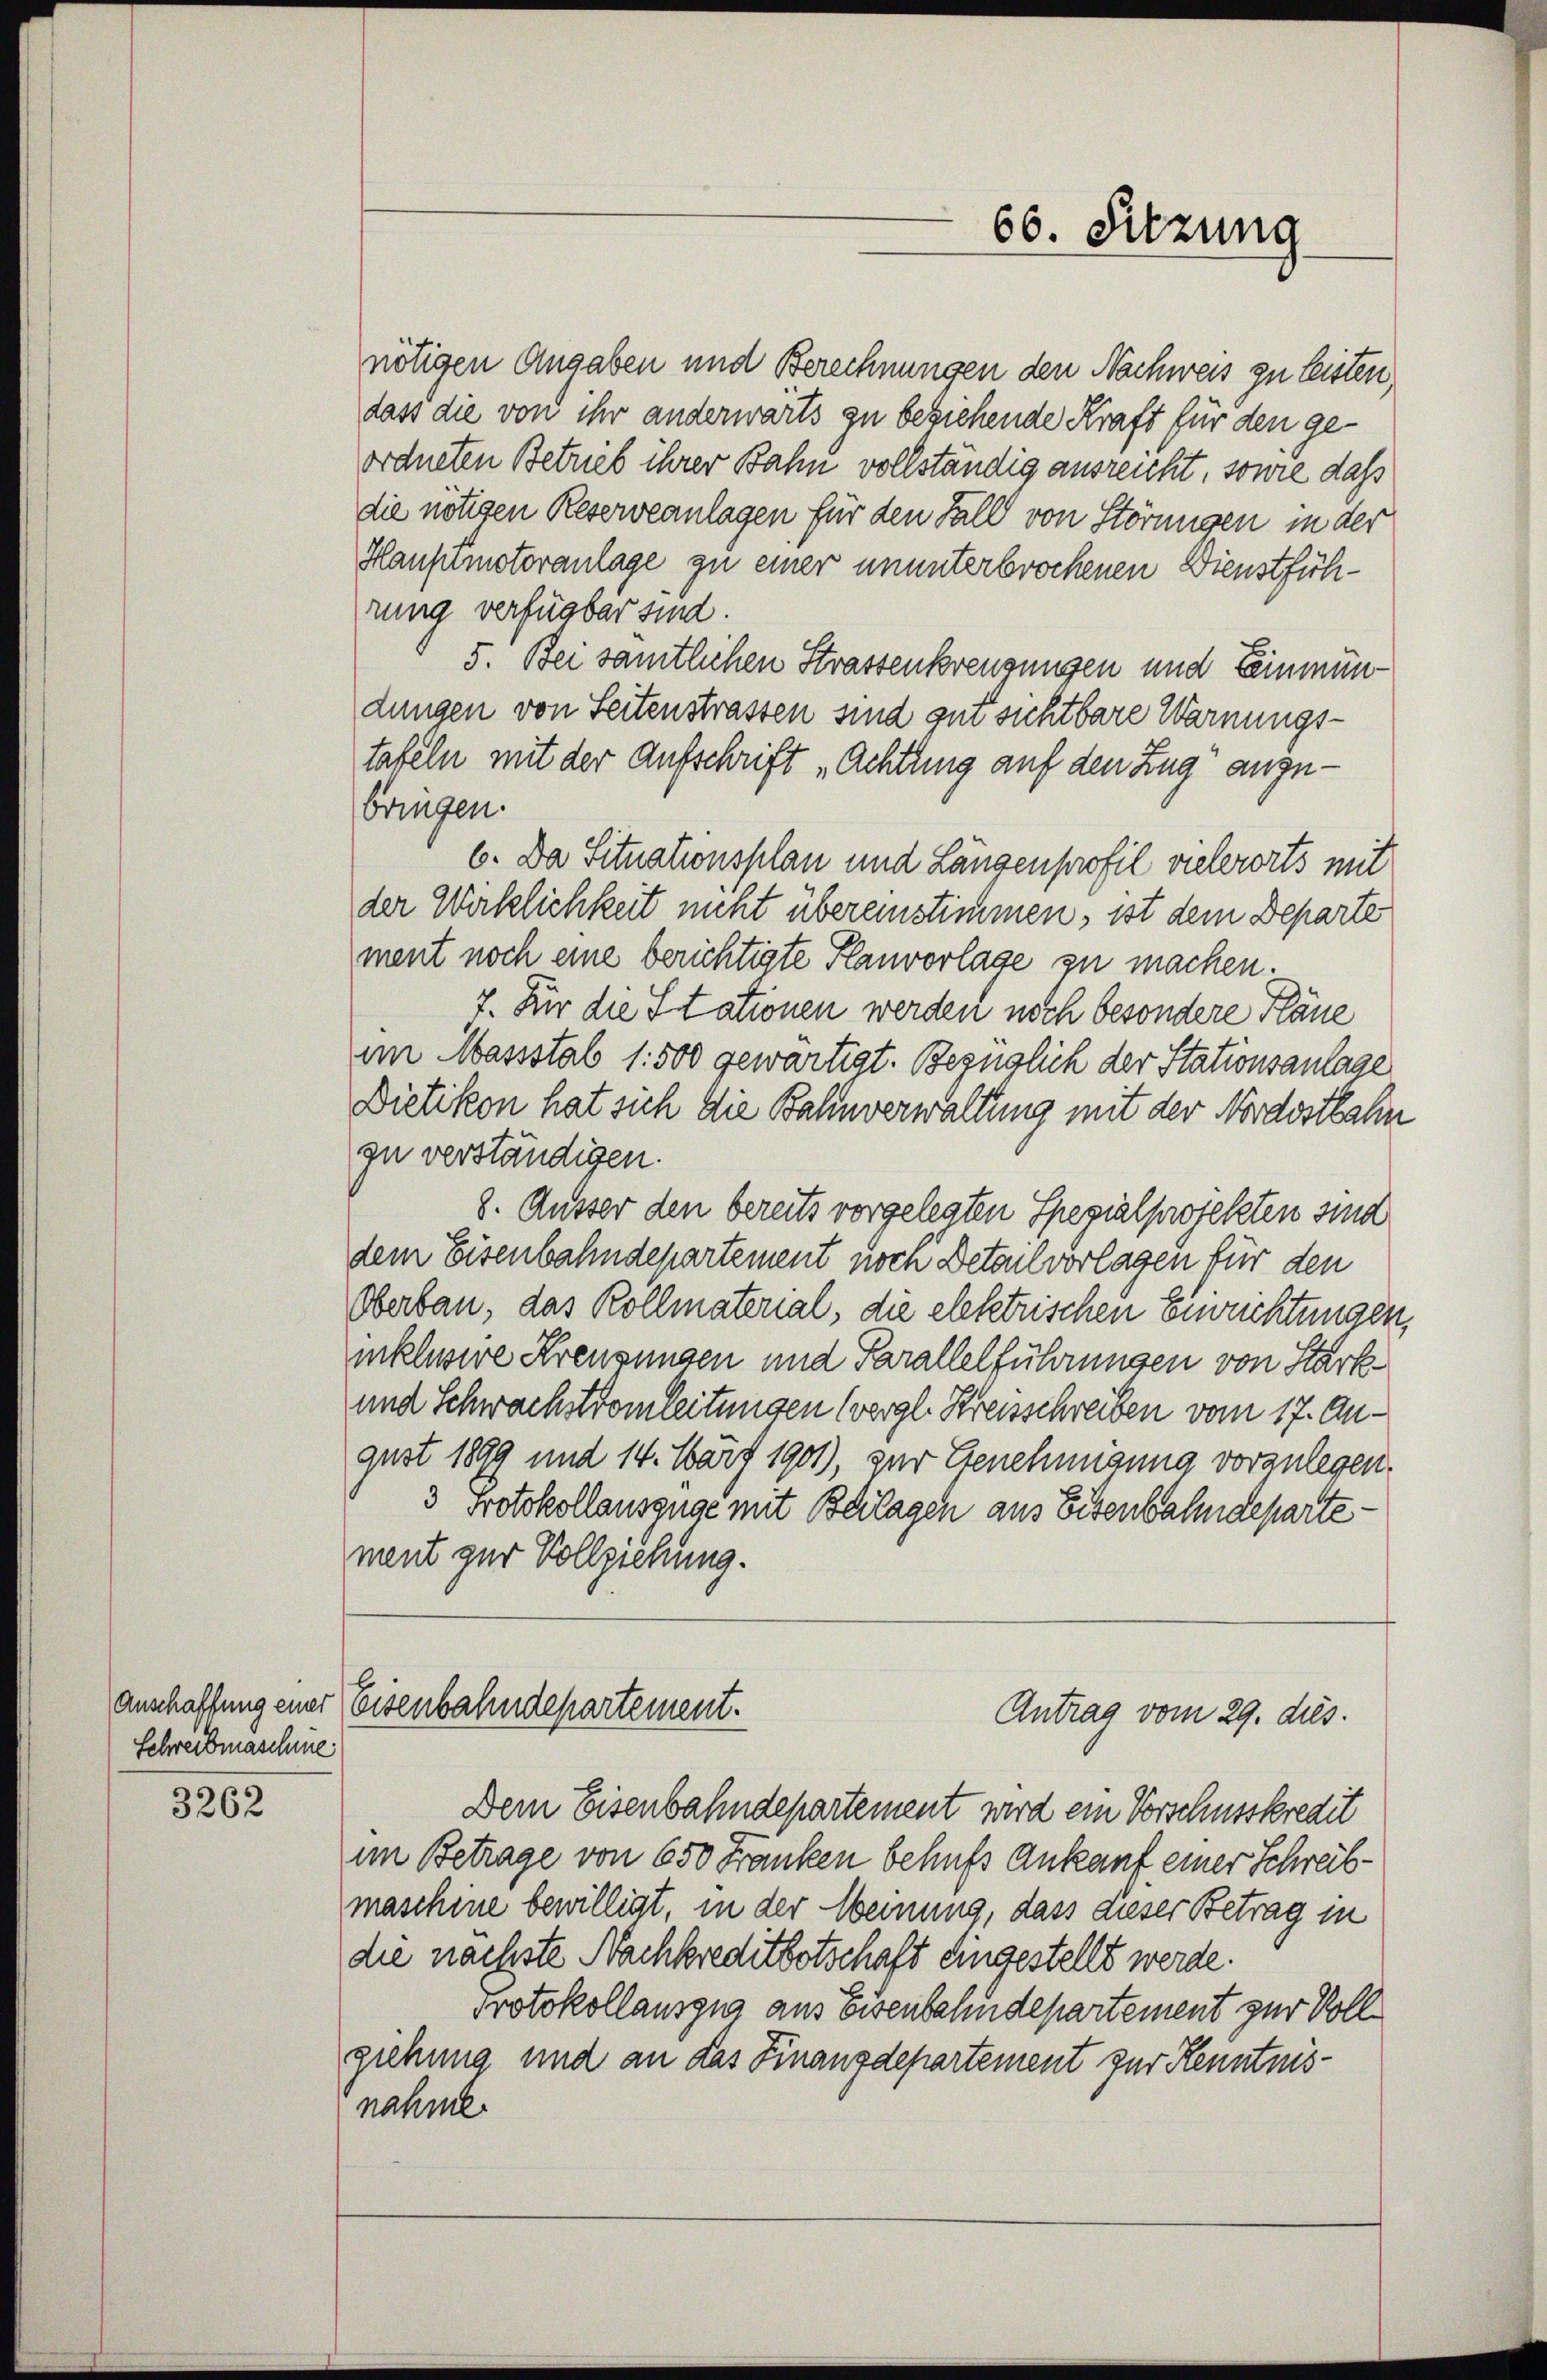
Anschaffung einer
Schreibmaschie

3262

nötigen Angaben und Berechnungen den Nachweis zu leisten.
dass die von ihr anderwärts zu beziehende Kraft für den geordneten Betrieb ihrer Bahn vollständig ausreicht, sowie daß
die nötigen Reserveanlagen für den Fall von Störungen in der
Hauptmotoranlage zu einer ununterbrochenen Dienstführung verfügbar sind.
5. Bei sämtlichen Strassenkreuzungen und Leinmündungen von Seitenstrassen sind gut sichtbare Warnungstafeln mit der Aufschrift „Achtung auf den Zug angebringen.
6. Da Situationsplan und Längenprofil vielerorts mit
der Wirklichkeit nicht übereinstimmen, ist dem Departe
ment noch eine berichtigte Planvorlage zu machen.
7. Für die Stationen werden noch besondere Pläne
im Massstab 1:500 gewärtigt. Bezüglich der Stationsanlage
Dietikon hat sich die Bahnverwaltung mit der Nordostbahn
zu verständigen.
8. Äusser den bereits vorgelegten Spezialprojekten sind
dem Eisenbahndepartement noch Detailvorlagen für den
Oberbau, das Kollmaterial, die elektrischen Einrichtungen,
inklusive Kreuzungen und Parallelführungen von Stärk¬
und Schwachstromleitungen (vergl. Kreisschreiben vom 17. August 1899 und 14. März 1901), zur Genehmigung vorzulegen.
3 Protokollauszüge mit Beilagen aus Eisenbahndepartement zur Vollziehung.
Eisenbahndepartement.
Antrag vom 29. dies.
Dem Eisenbahndepartement wird ein Vorschusskredit
im Betrage von 650 Franken behufs Ankauf einer Schreibmaschine bewilligt, in der Weinung, dass dieser Betrag in
die nächste Nachkreditbotschaft eingestellt werde.
Protokollauszug aus Eisenbahndepartement zur Vollgiehung und an das Finanzdepartement zur Kenntnisnahme.

66. Sitzung